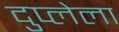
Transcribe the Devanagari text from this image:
दुप्लेला